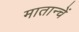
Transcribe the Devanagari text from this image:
मातान्चें